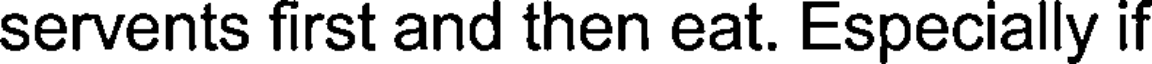
servents first and then eat. Especially if